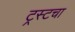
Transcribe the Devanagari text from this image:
ट्रस्टचा